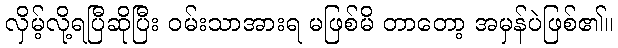
လှိမ့်လို့ရပြီဆိုပြီး ဝမ်းသာအားရ မဖြစ်မိ တာတော့ အမှန်ပဲဖြစ်၏။